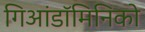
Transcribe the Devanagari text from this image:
गिआंडॉमिनिको